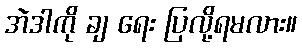
အဲဒါကို ချ ရေး ပြလို့ရမလား။